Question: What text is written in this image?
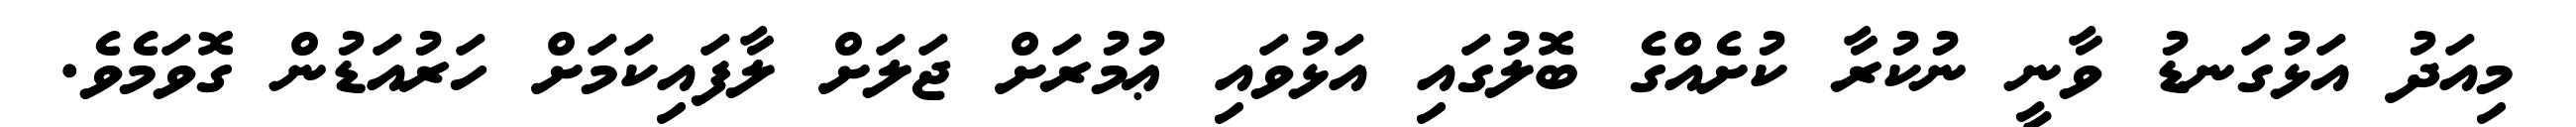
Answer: މިއަދު އަޅުގަނޑު ވާނީ ނުކުރާ ކުށެއްގެ ބޮލުގައި އަޅުވައި ޢުމުރަށް ޖަލަށް ލާފައިކަމަށް ހަރުއަޑުން ގޮވަމެވެ.